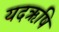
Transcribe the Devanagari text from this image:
यदऋषि